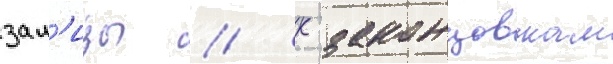
зал'изы // К законцовкам